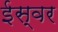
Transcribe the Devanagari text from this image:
ईस्वर